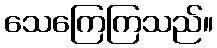
သေကြေကြသည်။